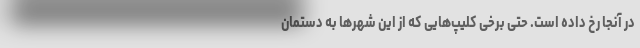
در آنجا رخ داده است. حتی برخی کلیپ‌هایی که از این شهرها به دستمان